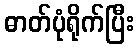
ဓာတ်ပုံရိုက်ပြီး